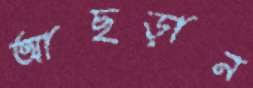
আছড়ান